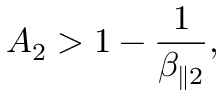
A _ { 2 } > 1 - \frac { 1 } { \beta _ { \parallel 2 } } ,